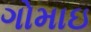
ગોમાઇ